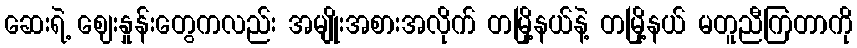
ဆေးရဲ့ ဈေးနှုန်းတွေကလည်း အမျိုးအစားအလိုက် တမြို့နယ်နဲ့ တမြို့နယ် မတူညီကြတာကို